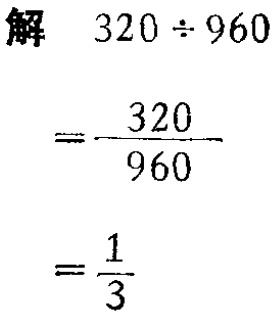
```

解

$320\div960$

$=\frac{320}{960}$

$=\frac{1}{3}$

```